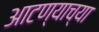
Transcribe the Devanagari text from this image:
आटण्याच्या